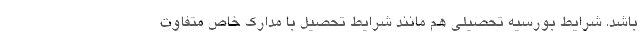
باشد. شرایط بورسیه تحصیلی هم مانند شرایط تحصیل با مدارک خاص متفاوت